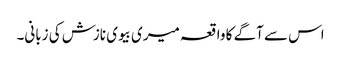
اس سے آگے کا واقعہ میری بیوی نازش کی زبانی۔